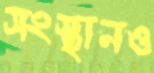
সংস্থানও